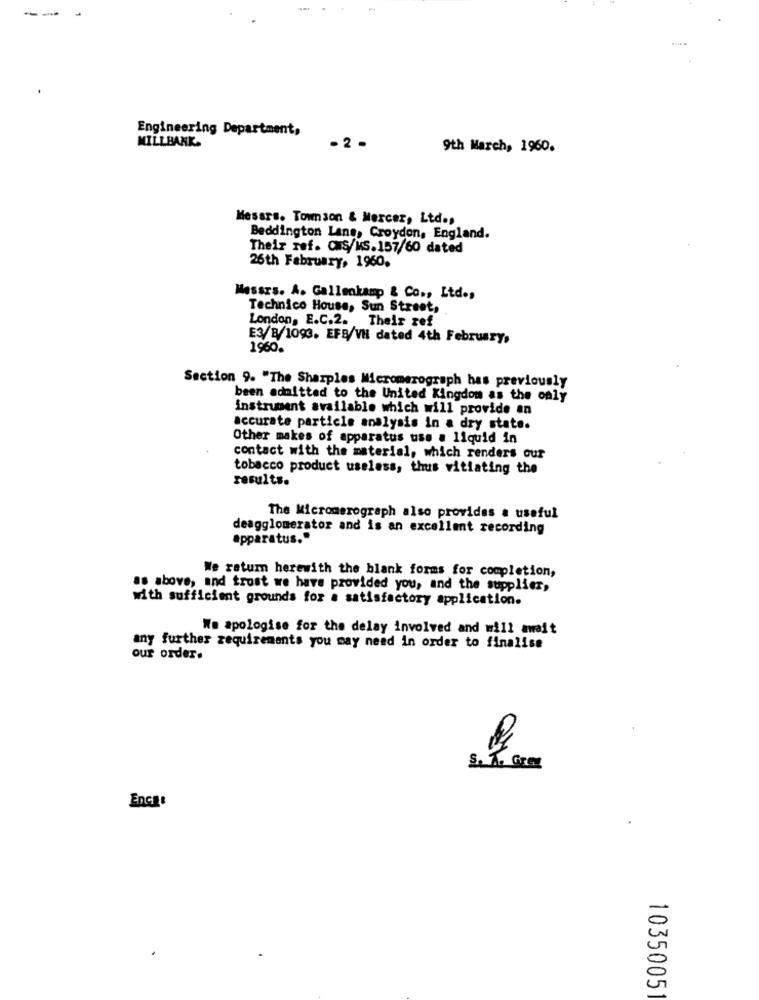
--
Engineering Department,
MILLBANK.
-2 -
9th March, 1960.
Mesars. Townson & Mercer, Ltd .,
Beddington Lane, Croydon, England.
Their ref. CMS/MS.157/60 dated
26th February, 1960.
Messrs. A. Gallenkamp & Co ., Ltd .,
Technico House, Sun Street,
London, E.C.2. Their ref
E3/8/1093. EFB/VH dated 4th February,
1960.
Section 9. "The Sharples Micromerograph has previously
been admitted to the United Kingdom as the only
instrument available which will provide an
accurate particle analysis in a dry state.
Other makes of apparatus use a liquid in
contact with the material, which renders our
tobacco product useless, thus vitiating the
results.
The Micromerograph also provides a useful
deagglomerator and is an excellent recording
apparatus."
We return herewith the blank forms for completion,
as above, and trust we have provided you, and the supplier,
with sufficient grounds for a satisfactory application.
We apologise for the delay involved and will await
any further requirements you may need in order to finalise
our order.
S. A. Grey
EnGI:
1035005